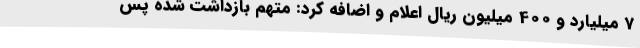
7 میلیارد و 400 میلیون ریال اعلام و اضافه کرد: متهم بازداشت شده پس